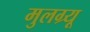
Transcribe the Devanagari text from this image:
मुलग्र्यू